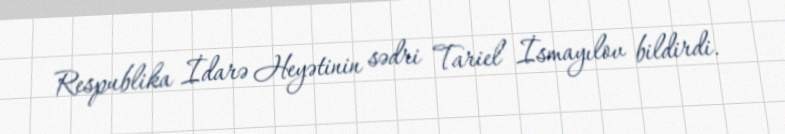
Respublika İdarə Heyətinin sədri Tariel İsmayılov bildirdi.